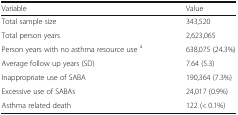
| Variable | Value |
 | --- | --- |
 | Total sample size | 343,520 |
 | Total person years | 2,623,065 |
 | Person years with no asthma resource use a | 638,075 (24.3%) |
 | Average follow up years (SD) | 7.64 (5.3) |
 | Inappropriate use of SABA | 190,364 (7.3%) |
 | Excessive use of SABAs | 24,017 (0.9%) |
 | Asthma related death | 122 (< 0.1%) |